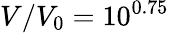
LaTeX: V/V_{0}=10^{0.75}